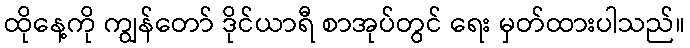
ထိုနေ့ကို ကျွန်တော် ဒိုင်ယာရီ စာအုပ်တွင် ရေး မှတ်ထားပါသည်။